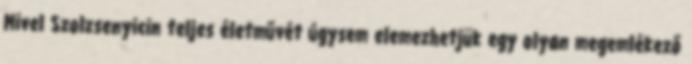
Mivel Szolzsenyicin teljes életművét úgysem elemezhetjük egy olyan megemlékező